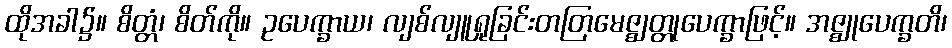
ထိုအခါ၌။ စိတ္တံ၊ စိတ်ကို။ ဥပေက္ခာယ၊ လျစ်လျူရှုခြင်းတတြမေဇ္ဈတ္တုပေက္ခာဖြင့်။ အဇ္ဈုပေက္ခတိ၊